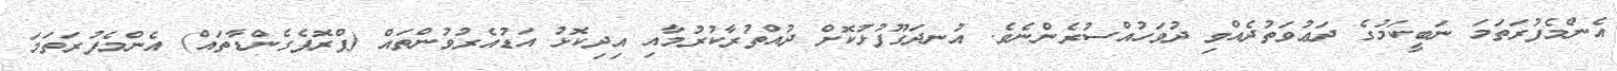
އެންމެފުރަތަމަ ނަބީކަމުގެ ދަޢުވަތުދެއްވި ދުވަހުއްސުރެންނެވެ. އުނދަގޫފުޅުކޮށް ދުއްތުރާކުރުމާއި އިދިކޮޅު އަޑުއެރުވުންތައް (ޕްރޮޕެގެންޑާތައް) އެންމެފުރަތަމަ